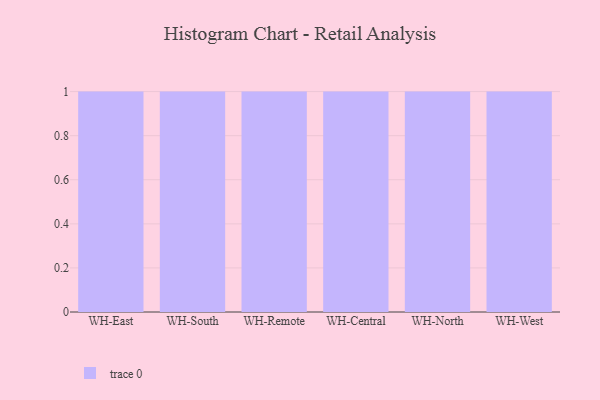
{"axis": {"x": "Warehouse", "y": "Production Output"}, "legend": [""], "data": [{"x": "WH-East", "y": 47, "type": ""}, {"x": "WH-South", "y": 44, "type": ""}, {"x": "WH-Remote", "y": 45, "type": ""}, {"x": "WH-Central", "y": 89, "type": ""}, {"x": "WH-North", "y": 23, "type": ""}, {"x": "WH-West", "y": 77, "type": ""}]}